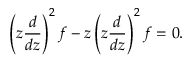
\left( z \frac { d } { d z } \right) ^ { 2 } f - z \left( z \frac { d } { d z } \right) ^ { 2 } f = 0 .